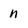
Character: n